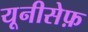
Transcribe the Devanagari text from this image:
यूनीसेफ़